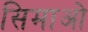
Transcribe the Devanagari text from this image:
सिमाओ